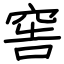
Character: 窖